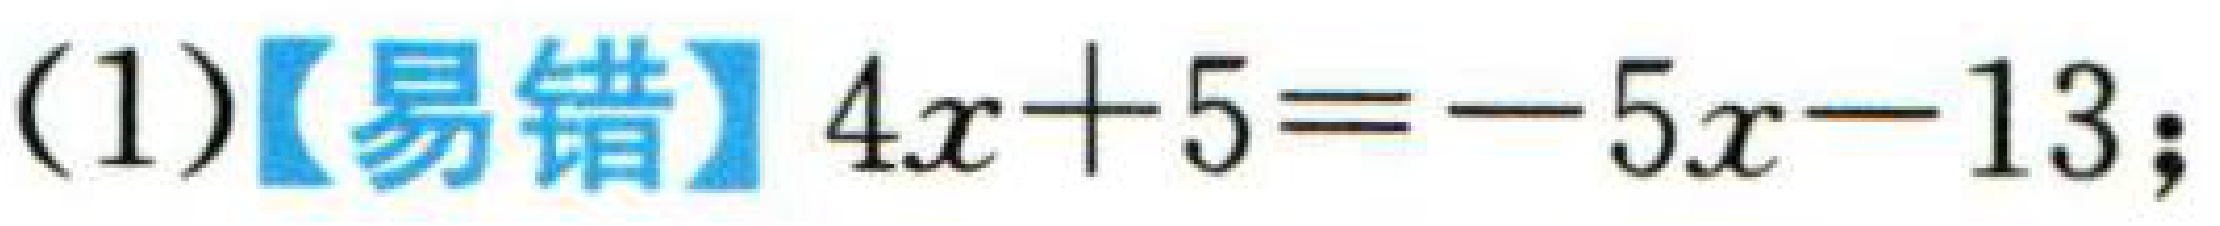
(1)【易错】\(4x + 5 = - 5x - 13\);